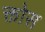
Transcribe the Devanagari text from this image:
क्तोस